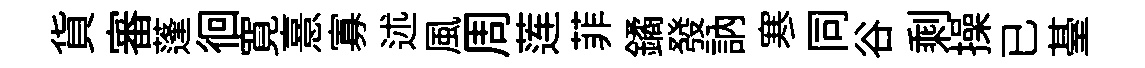
貨審蓬徊寛憙寡述風周莲菲鐍發訥寒同谷剩操已䑓